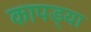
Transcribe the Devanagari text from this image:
कापड्या